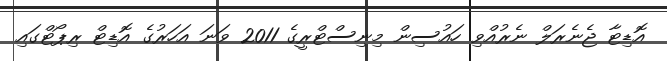
އޮޑިޓާ ޖެނެރަލް ނެރުއްވި ހައުސިން މިނިސްޓްރީގެ 2011 ވަނަ އަހަރުގެ އޮޑިޓް ރިޕޯޓްގައި